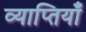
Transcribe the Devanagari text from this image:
व्याप्तियाँ